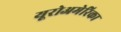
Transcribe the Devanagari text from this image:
यूरोअमेरिका